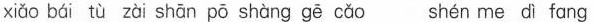
xiǎo bái tù zài shān pō shàng gē cǎo hén me dì fang